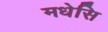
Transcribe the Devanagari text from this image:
मधेसि